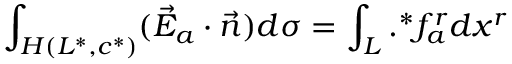
\int _ { H ( L ^ { * } , c ^ { * } ) } ( \vec { E } _ { a } \cdot \vec { n } ) d \sigma = \int _ { L } . ^ { * } f _ { a } ^ { r } d x ^ { r }